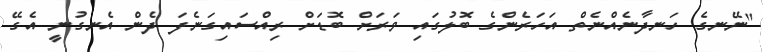
"ނޭނގެ ހަނދާނެއްނެތް އަހަރެންގެ ބޮލުގައި ވަރަށް ބޮޑަށް ރިއްސައިގަނެފަ ދެން އެނގުނީ އެގޭ